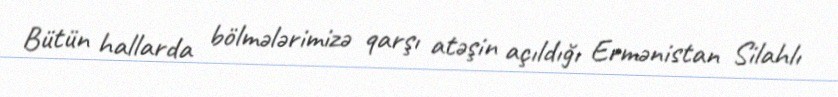
Bütün hallarda bölmələrimizə qarşı atəşin açıldığı Ermənistan Silahlı